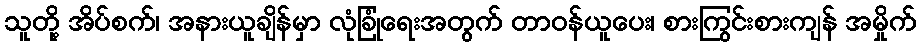
သူတို့ အိပ်စက်၊ အနားယူချိန်မှာ လုံခြုံရေးအတွက် တာဝန်ယူပေး၊ စားကြွင်းစားကျန် အမှိုက်